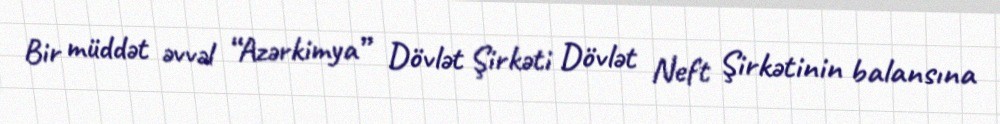
Bir müddət əvvəl “Azərkimya” Dövlət Şirkəti Dövlət Neft Şirkətinin balansına